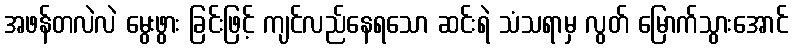
အဖန်တလဲလဲ မွေးဖွား ခြင်းဖြင့် ကျင်လည်နေရသော ဆင်းရဲ သံသရာမှ လွတ် မြောက်သွားအောင်